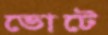
ভোটে